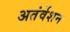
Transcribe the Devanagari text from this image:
अतंर्वेशन